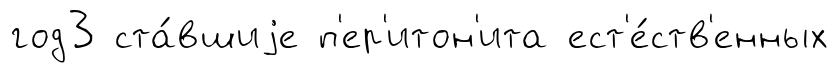
год3 ста́вшиjе п'ер'итон'ита ест'е́ств'енных